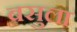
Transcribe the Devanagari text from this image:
बसुला